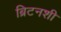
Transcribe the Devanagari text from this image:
ब्रिटनशी